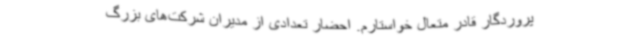
پروردگار قادر متعال خواستارم. احضار تعدادی از مدیران شرکت‌های بزرگ